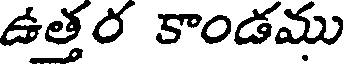
ఉత్తర కాండము